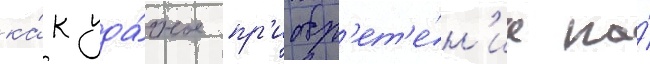
ка́к уда́чное пр'иобр'ет'е́н'ие на́